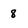
Character: 8